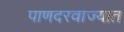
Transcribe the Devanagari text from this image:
पाणदरवाज्यात